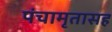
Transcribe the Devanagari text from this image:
पंचामृतासह